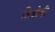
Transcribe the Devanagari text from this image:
तिथीची